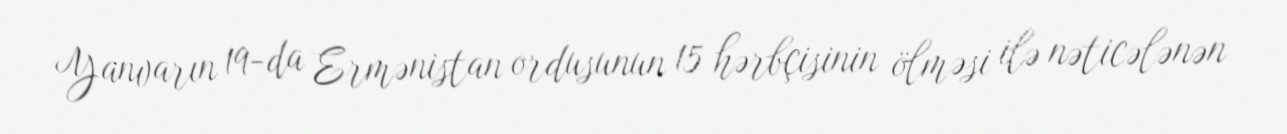
Yanvarın 19-da Ermənistan ordusunun 15 hərbçisinin ölməsi ilə nəticələnən